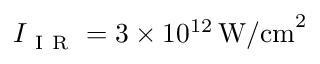
I _ { \mathrm { ~ I ~ R ~ } } = 3 \times 1 0 ^ { 1 2 } \, \mathrm { { W / c m } ^ { 2 } }